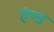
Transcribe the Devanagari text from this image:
एंण्ड